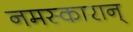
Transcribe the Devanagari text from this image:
नमस्कारान्